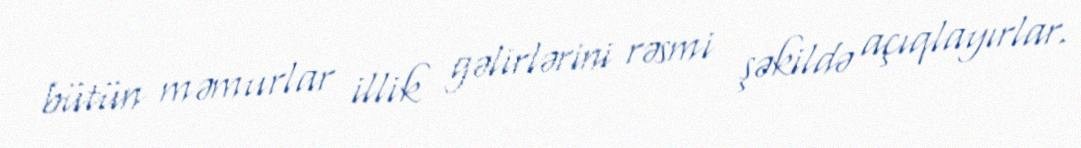
bütün məmurlar illik gəlirlərini rəsmi şəkildə açıqlayırlar.